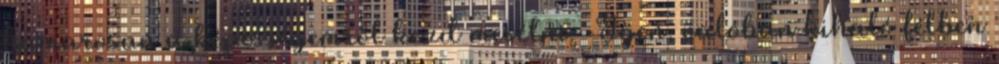
hamarosan a képességemről kezd mesélni. -Igen, valóban kihaló félben